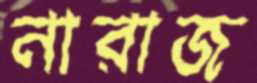
নারাজ